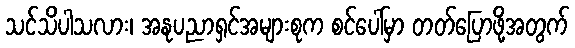
သင်သိပါသလား၊ အနုပညာရှင်အများစုက စင်ပေါ်မှာ တတ်ပြောဖို့အတွက်